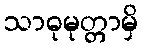
သာဓုမုတ္တာမှိ